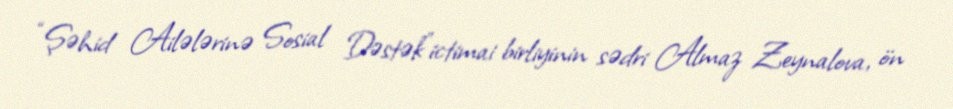
“Şəhid Ailələrinə Sosial Dəstək”ictimai birliyinin sədri Almaz Zeynalova, ön